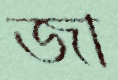
জা